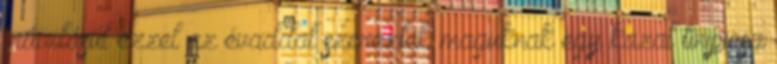
,ráadásul ezzel az évaddal szereztek maguknak egy kazal tinipicsa